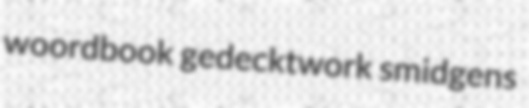
woordbook gedecktwork smidgens